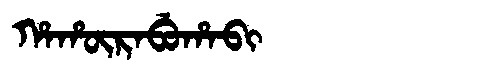
Manchu: ᡥᠠᡥᡡᡵᠠᠪᡠᡥᠠᠪᡳ
Romanization: HAHŪRABUHABI